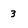
Character: 3